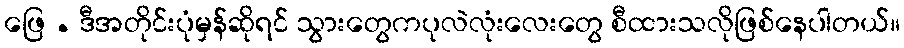
ဖြေ . ဒီအတိုင်းပုံမှန်ဆိုရင် သွားတွေကပုလဲလုံးလေးတွေ စီထားသလိုဖြစ်နေပါတယ်။